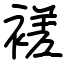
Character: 褨